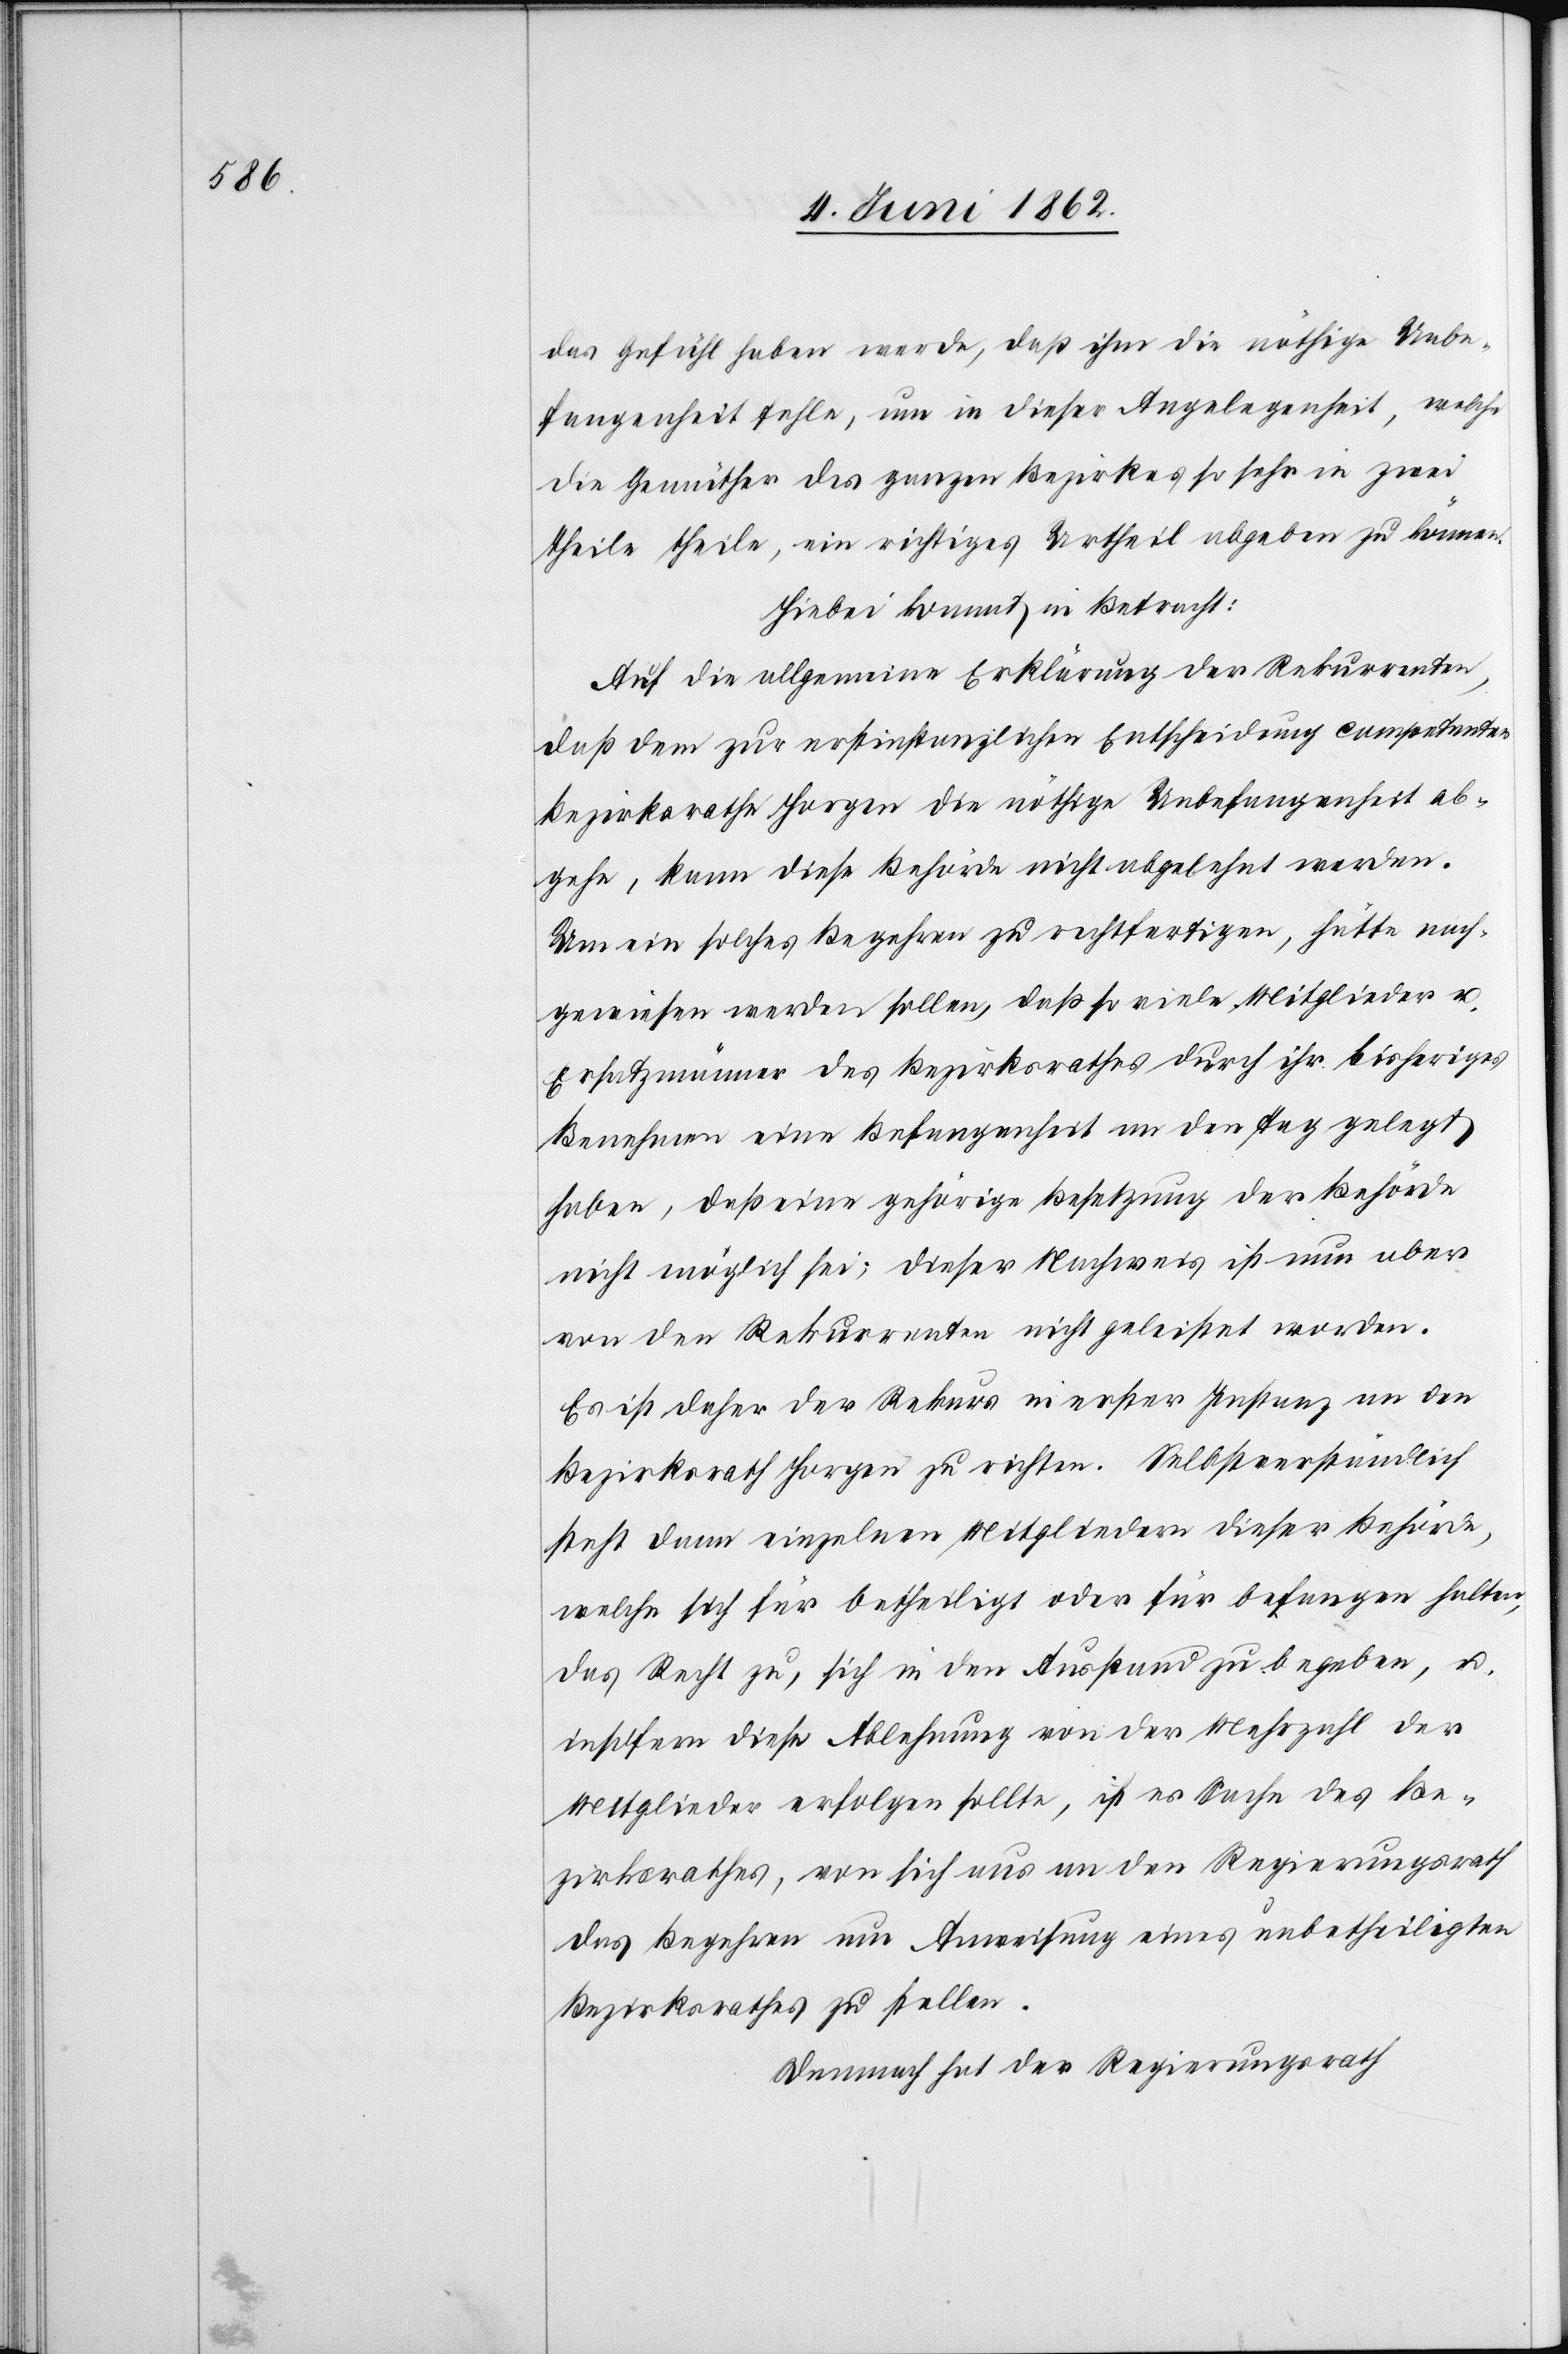
das Gefühl haben werde, daß ihm die nöthige Unbe¬
fangenheit fehle, um in dieser Angelegenheit, welche
die Gemüther des ganzen Bezirkes so sehr in zwei
Theile theile, ein richtiges Urtheil abgeben zu können.
Hiebei kommt in Betracht:
Auf die allgemeine Erklärung der Rekurrenten,
daß dem zur erstinstanzlichen Entscheidung competenten
Bezirksrathe Horgen die nöthige Unbefangenheit ab¬
gehe, kann diese Behörde nicht abgelehnt werden.
Um ein solches Begehren zu rechtfertigen, hätte nach¬
gewiesen werden sollen, daß so viele Mitglieder u.
Ersatzmänner des Bezirksrathes durch ihr bisheriges
Benehmen eine Befangenheit an den Tag gelegt
haben, daß eine gehörige Besetzung der Behörde
nicht möglich sei; dieser Nachweis ist nun aber
von den Rekurrenten nicht geleistet worden.
Es ist daher der Rekurs in erster Instanz an den
Bezirksrath Horgen zu richten. Selbstverständlich
steht dann einzelnen Mitgliedern dieser Behörde,
welche sich für betheiligt oder für befangen halten,
das Recht zu, sich in den Ausstand zu begeben, u.
insofern diese Ablehnung von der Mehrzahl der
Mitglieder erfolgen sollte, ist es Sache des Be¬
zirksrathes, von sich aus an den Regierungsrath
das Begehren um Anweisung eines unbetheiligten
Bezirksrathes zu stellen.
Demnach hat der Regierungsrath